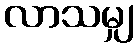
လာသမျှ